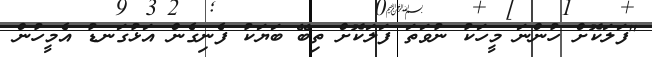
"ފަލަކޮށް ހުންނަ މީހަކު ނުވަތަ ފަލަކޮށް ތިބޭ ބަޔަކު ފެނިގެން އަޅުގަނޑު އެމީހުން